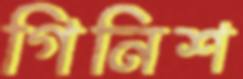
গিনিশ